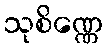
သုစိဏ္ဏေ